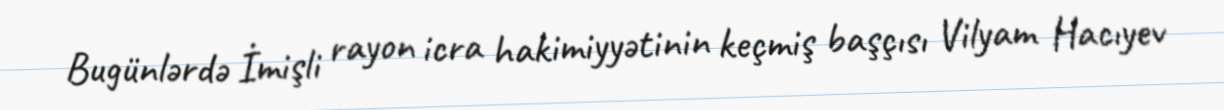
Bugünlərdə İmişli rayon icra hakimiyyətinin keçmiş başçısı Vilyam Hacıyev